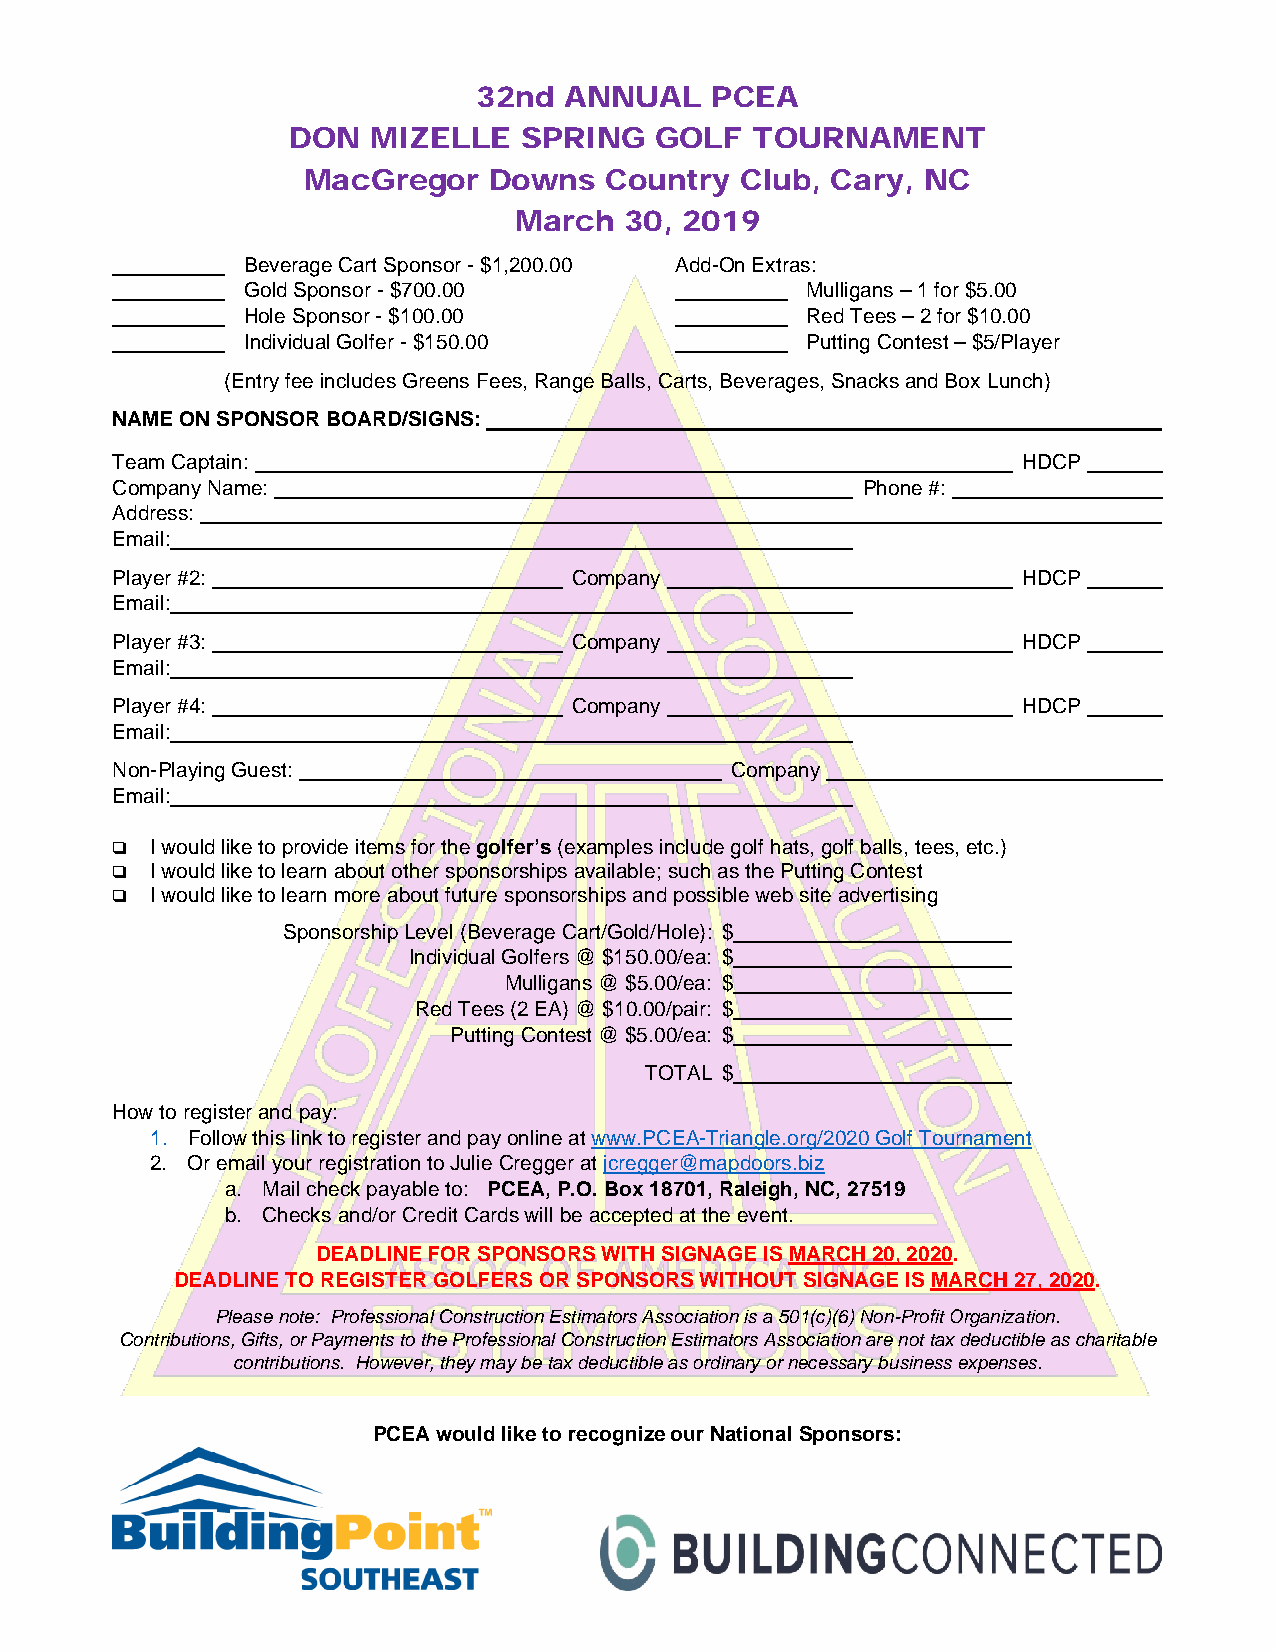
32nd ANNUAL    PCEA
 DON   MIZELLE  SPRING   GOLF   TOURNAMENT
 MacGregor   Downs   Country  Club, Cary, NC
 March  30, 2019
 Beverage Cart Sponsor - $1,200.00 Add-On Extras:
 Gold Sponsor - $700.00               Mulligans – 1 for $5.00
 Hole Sponsor - $100.00               Red Tees – 2 for $10.00
 Individual Golfer - $150.00          Putting Contest – $5/Player
 (Entry fee includes Greens Fees, Range Balls, Carts, Beverages, Snacks and Box Lunch)
 NAME ON SPONSOR BOARD/SIGNS:
 Team Captain:                                                HDCP
 Company Name:                                     Phone #:
 Address:
 Email:
 Player #2:                     Company                       HDCP
 Email:
 Player #3:                     Company                       HDCP
 Email:
 Player #4:                     Company                       HDCP
 Email:
 Non-Playing Guest:                       Company
 Email:
   I would like to provide items for the golfer’s (examples include golf hats, golf balls, tees, etc.)
   I would like to learn about other sponsorships available; such as the Putting Contest
   I would like to learn more about future sponsorships and possible web site advertising
 Sponsorship Level (Beverage Cart/Gold/Hole): $
 Individual Golfers @ $150.00/ea: $
 Mulligans @ $5.00/ea: $
 Red Tees (2 EA) @ $10.00/pair: $
 Putting Contest @ $5.00/ea: $
 TOTAL $
 How to register and pay:
 1. Follow this link to register and pay online at www.PCEA-Triangle.org/2020 Golf Tournament
 2. Or email your registration to Julie Cregger at jcregger@mapdoors.biz
 a. Mail check payable to: PCEA, P.O. Box 18701, Raleigh, NC, 27519
 b. Checks and/or Credit Cards will be accepted at the event.
 DEADLINE FOR SPONSORS WITH SIGNAGE IS MARCH 20, 2020.
 DEADLINE TO REGISTER GOLFERS OR SPONSORS WITHOUT SIGNAGE IS MARCH 27, 2020.
 Please note: Professional Construction Estimators Association is a 501(c)(6) Non-Profit Organization.
 Contributions, Gifts, or Payments to the Professional Construction Estimators Association are not tax deductible as charitable
 contributions. However, they may be tax deductible as ordinary or necessary business expenses.
 PCEA would like to recognize our National Sponsors: